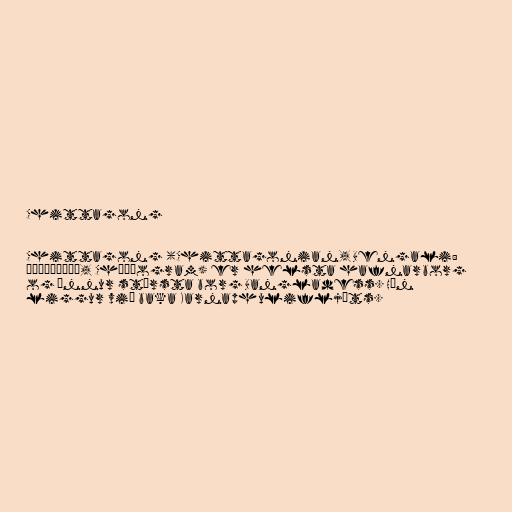
Chittagong

Chittagong (Chittagonian, Bengali:
চট্টগ্রাম, Chôţţogram) er helsta hafnarborg
og önnur stærsta borg Bangladess. Hún
liggur við baka Karnaphulifljóts.